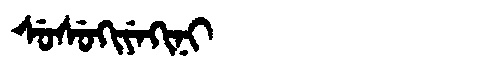
Manchu: ᠰᡠᠰᡠᡴᡳᠶᡝᡴᡳᠨᡳ
Romanization: SUSUKIYEKINI